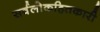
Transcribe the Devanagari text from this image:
सर्वलोकहितकारी